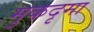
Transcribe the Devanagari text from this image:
मुकदृमा